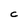
Character: C